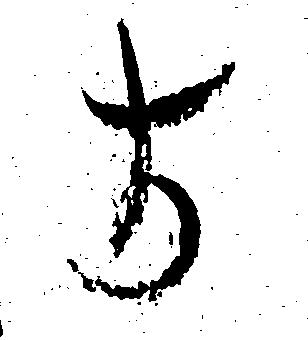
よ